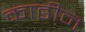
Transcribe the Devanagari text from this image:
काढीन